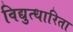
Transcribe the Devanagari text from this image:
विद्युत्धारिता